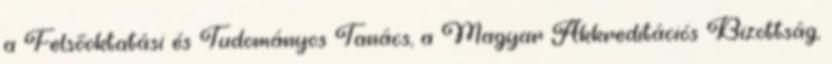
a Felsőoktatási és Tudományos Tanács, a Magyar Akkreditációs Bizottság,